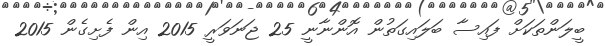
ބީލަންތަކަށް ފައިސާ ބަލައިގަތުން އޮންނާނީ 25 ޖަނަވަރީ 2015 އިން ފެށިގެން 2015